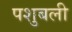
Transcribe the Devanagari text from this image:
पशुबली